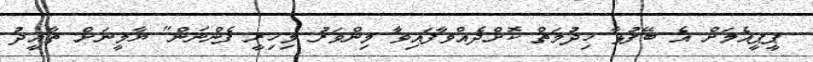
ޕީޕީއެމަށް އެ ބޭފުޅާ ހިދުމަތް ކޮށްދެއްވާފައިވާ މިންވަރު މިހިރީ ފެންނަން" ޔާމީނަށް ތާއީދު